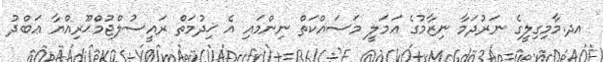
އދ.މާމިގިލީގެ ނަރުދަމާ ނިޒާމުގެ ޢަމަލީ މަސައްކަތް ނިންމައި އެ ޚިދުމަތް ރަައީސުލްޖުމްޙޫރިއްޔާ ޢަބްދު